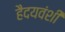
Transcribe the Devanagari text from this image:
हैदयवंशी